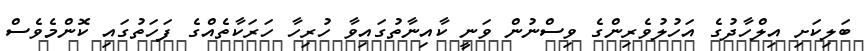
ބަލިކަށި އިލްހާދުގެ އަހުލުވެރިންގެ ވިސްނުން ވަނީ ކާއިނާތުގައިވާ ހުރިހާ ހަރަކާތެއްގެ ފަހަތުގައި ކޮންމެވެސް